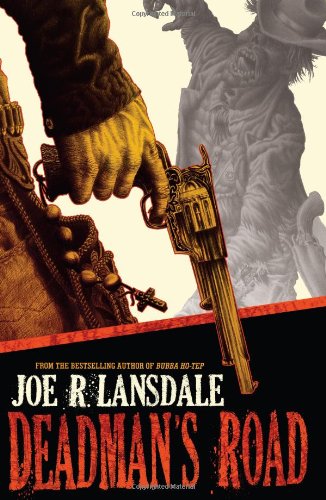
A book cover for Deadman's Road; Joe R Lansdale; Science Fiction & Fantasy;